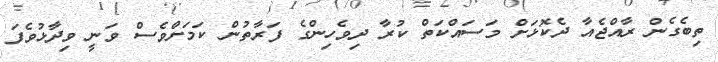
ތިބެގެން ރާއްޖެއާ ދެކޮޅަށް މަސައްކަތް ކުރާ ދިވެހިންގެ ފަރާތުން ކަމަށްވެސް ވަނީ ވިދާޅުވެފަ